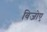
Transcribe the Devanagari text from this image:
बिजोए